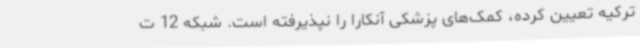
ترکیه تعیین کرده، کمک‌های پزشکی آنکارا را نپذیرفته است. شبکه 12 ت